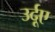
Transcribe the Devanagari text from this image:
उर्दूए